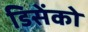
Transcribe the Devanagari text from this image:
डिसेंको